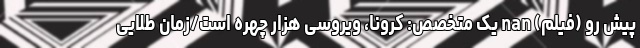
پیش رو (فیلم) nan یک متخصص: کرونا، ویروسی هزار چهره است/زمان طلایی